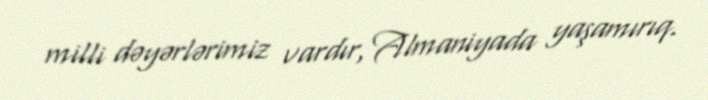
milli dəyərlərimiz vardır, Almaniyada yaşamırıq.